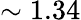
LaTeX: \sim 1.34